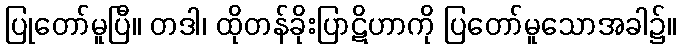
ပြုတော်မူပြီ။ တဒါ၊ ထိုတန်ခိုးပြာဋိဟာကို ပြတော်မူသောအခါ၌။